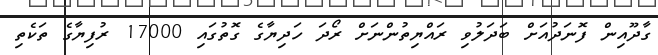
ގާދޫއިން ފޮނަދުއަށް ބަދަލުވި ރައްޔިތުންނަށް ރޯދަ ހަދިޔާގެ ގޮތުގައި 17000 ރުފިޔާގެ ތަކެތި